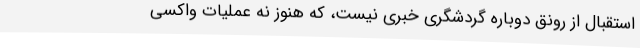
استقبال از رونق دوباره گردشگری خبری نیست، که هنوز نه عملیات واکسی